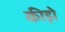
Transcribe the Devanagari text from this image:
कीड़ोे